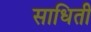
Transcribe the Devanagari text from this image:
साधिती